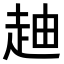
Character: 𧻉